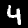
Digit: 4